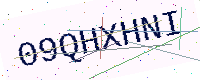
Text: 09QHXHNI